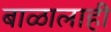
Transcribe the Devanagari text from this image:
बाळालाही